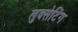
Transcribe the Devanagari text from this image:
लुक्सेटिंग